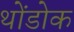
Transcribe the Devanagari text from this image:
थोंडोक